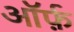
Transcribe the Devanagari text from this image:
ऑर्फ़